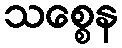
သစ္စေန